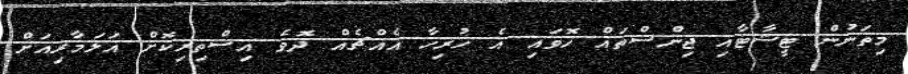
މިތަނުން ޓީޝާޓާއި ޖިންސްތައް ހޮވައި އެ ހުރިހާ އެއްޗެއް ދޮވެ އިސްތިރިކޮށް އަލަމާރިއަށް